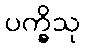
ပက္ခိသု